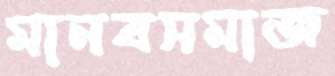
মানবসমাজ